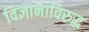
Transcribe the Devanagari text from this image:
विज्ञानाविरुद्ध